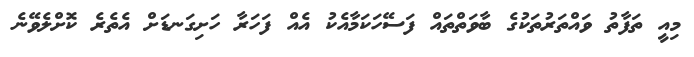
މިއީ ތަފާތު ވައްތަރުތަކުގެ ބާވަތްތައް ފަސޭހަކަމާއެކު އެއް ފަހަރާ ހަށިގަނޑަށް އެތެރެ ކޮށްލެވޭނެ